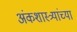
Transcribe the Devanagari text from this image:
अंकशास्त्र्यांच्या